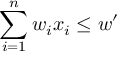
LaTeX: \sum _ { i = 1 } ^ { n } w _ { i } x _ { i } \leq w ^ { \prime }